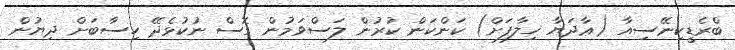
ބްރެޑީކިނޭސިއާ (ޢާދަޔާ ޚިލާފަށް) ކަންކަން ކުރުން ލަސްވަމުން ގޮސް ނުކުޅެދޭ ހިސާބަށް ދިޔުން